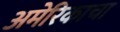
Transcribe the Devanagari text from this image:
अमेरिकाचा